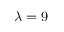
\lambda = 9